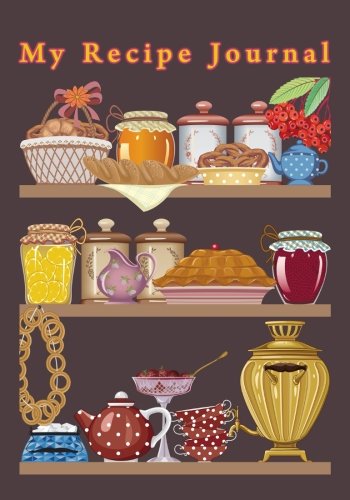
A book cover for My Recipe Journal: Blank Cookbook, 7 x 10, 111 Pages; My Recipe Journal; Cookbooks, Food & Wine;